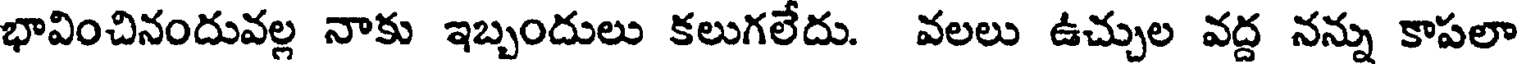
భావించినందువల్ల నాకు ఇబ్బందులు కలుగలేదు. వలలు ఉచ్చుల వద్ద నన్ను కాపలా